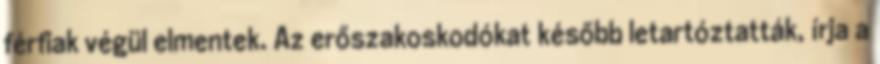
férfiak végül elmentek. Az erőszakoskodókat később letartóztatták, írja a